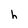
Character: h